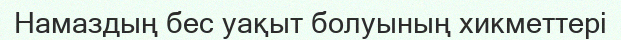
Намаздың бес уақыт болуының хикметтері